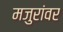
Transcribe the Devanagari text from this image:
मजुरांवर